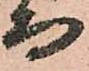
而